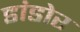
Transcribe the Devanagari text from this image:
डांडोर